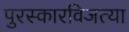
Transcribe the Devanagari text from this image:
पुरस्कारविजत्या